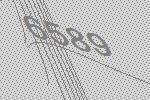
6589